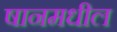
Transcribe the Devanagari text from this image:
षानमधील